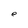
Character: e